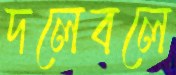
দলেবলে